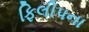
ફિલીપના